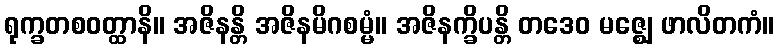
ရုက္ခတစဝတ္ထာနိ။ အဇိနန္တိ အဇိနမိဂစမ္မံ။ အဇိနက္ခိပန္တိ တဒေဝ မဇ္ဈေ ဖာလိတကံ။